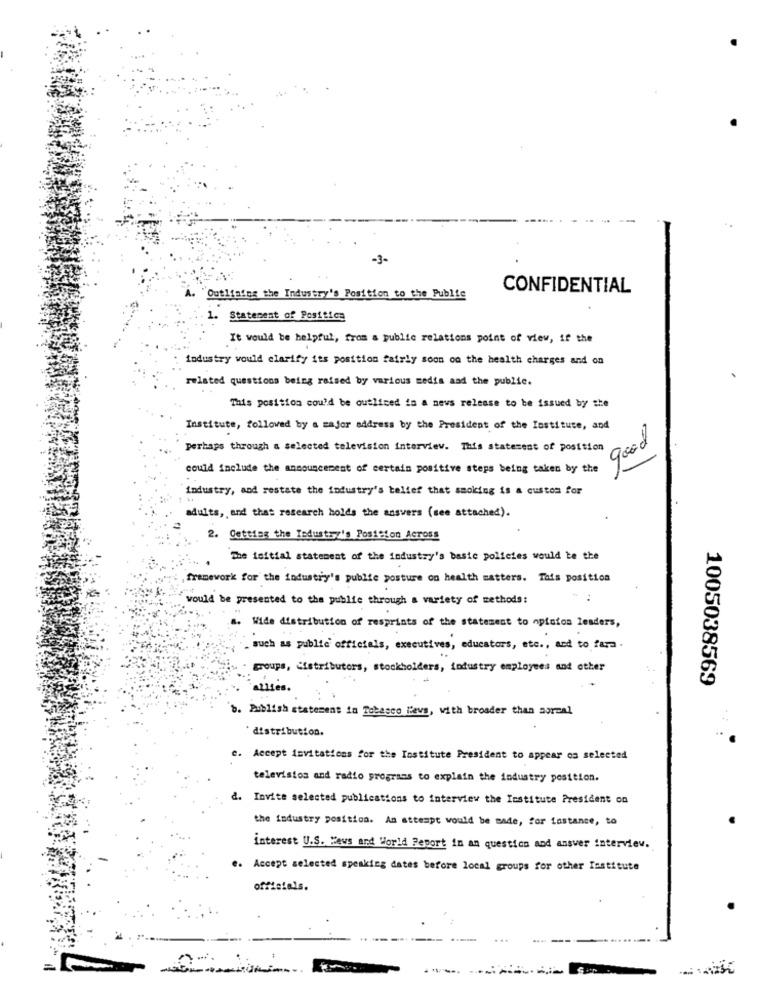
-3-
CONFIDENTIAL
Outlining the Industry's Position to the Public
1. Statement of Positice
It would be helpful, from a public relations point of view, if the
industry would clarify its position fairly soon on the health charges and on
related questions being raised by various medis aad the public.
This position cou'd be outlined in a news release to be issued by she
Institute, followed by a major address by the President of the Institute, and
perhaps through a selected television interview. This statement of position
good
could include the announcement of certain positive steps being taken by the
industry, and restate the industry's belief that smoking is a custom for
adults ,, and that research holds the answers (see attached).
2. Getting the Industry's Position Across
The initial statement of the industry's basie policies would be the
framework for the industry's publie posture on health matters. Tais position
would be presented to the public through a variety of methods:
.. Wide distribution of resprints of the statement to opinion leaders,
. such as public officials, executives, educators, etc ., and to fara.
groups, distributors, stockholders, industry employees and other
1005038569
allies.
b. Publish statement in Tobacco levs, with broader than aoreal
* distribution.
c. Accept invitations for the Institute President to appear os selected
television and radio programs to explain the industry pesition.
d. Invite selected publications to interview the Institute President on
the industry position. As attempt would be made, for instance, to
interest U.S. Hews and World Report in an question and answer interview.
e. Accept selected speaking dates before local groups for other Institute
officials.